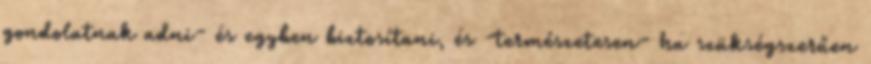
gondolatnak adni- és egyben biztosítani, és -természetesen- ha szükségszerűen